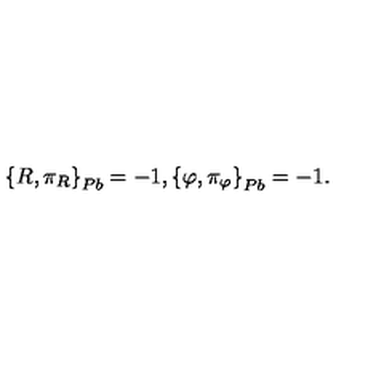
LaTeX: \left\{ R , \pi _ { R } \right\} _ { P b } = - 1 , \left\{ \varphi , \pi _ { \varphi } \right\} _ { P b } = - 1 .